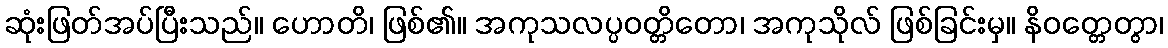
ဆုံးဖြတ်အပ်ပြီးသည်။ ဟောတိ၊ ဖြစ်၏။ အကုသလပ္ပဝတ္တိတော၊ အကုသိုလ် ဖြစ်ခြင်းမှ။ နိဝတ္တေတွာ၊